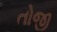
તોજી